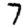
Digit: 7